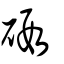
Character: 碬